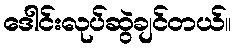
ဒေါင်းလုပ်ဆွဲချင်တယ်။